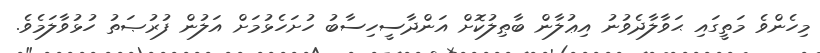
މިހެންވެ މަތީގައި ޙަވާލާދެވުނު އިޢުލާން ބާޠިލުކޮށް އަންދާސީހިސާބު ހުށަހެޅުމަށް އަލުން ފުރުޞަތު ހުޅުވާލަމެވެ.